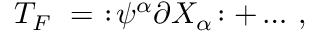
{ \cal T } _ { F } ~ = ~ : \! \psi ^ { \alpha } \partial X _ { \alpha } \! : + \dots \, ,